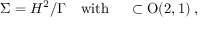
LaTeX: \Sigma = H ^ { 2 } / \Gamma { \quad } \mathrm { { w i t h \quad } \Gamma \subset O ( 2 , 1 ) \; , }